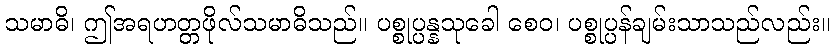
သမာဓိ၊ ဤအရဟတ္တဖိုလ်သမာဓိသည်။ ပစ္စုပ္ပန္နသုခေါ စေဝ၊ ပစ္စုပ္ပန်ချမ်းသာသည်လည်း။